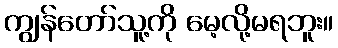
ကျွန်တော်သူ့ကို မေ့လို့မရဘူး။